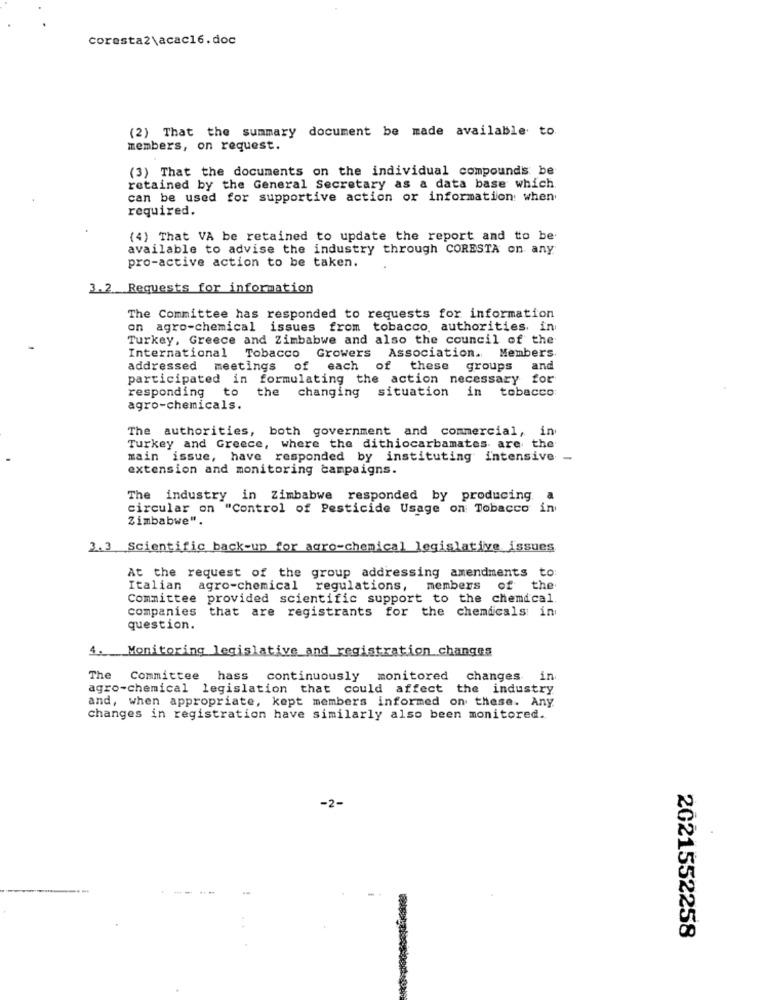
coresta2\acac16.doc
(2) That the summary document be made available to.
members, on request.
(3) That the documents on the individual compounds be
retained by the General Secretary as a data base which
can be used for supportive action or information: when
required.
(4) That VA be retained to update the report and to be
available to advise the industry through CORESTA on any
pro-active action to be taken.
3.2 Requests for information
The Committee has responded to requests for information
on agro-chemical issues from tobacco, authorities. in
Turkey, Greece and Zimbabwe and also the council of the
International Tobacco Growers Association. Members
addressed meetings of each of these groups
and
participated in formulating the action necessary for
responding to
situation in tobacco
the changing
agro-chemicals.
The authorities, both government and commercial, in
Turkey and Greece, where the dithiocarbamates are the
main issue, have responded by instituting intensive -
extension and monitoring campaigns.
The industry in Zimbabwe responded by producing.
..
circular on "Control of Pesticide Usage on Tobacco in
Zimbabwe".
3.3 Scientific back-up for agro-chemical legislative issues
At the request of the group addressing amendments to:
Italian agro-chemical regulations, members
of
the
Committee provided scientific support to the chemical
companies that are registrants for the chemicals in
question.
4. Monitoring legislative and registration changes
The Committee hass continuously monitored changes in
agro-chemical legislation that could affect the industry
and, when appropriate, kept members informed on these. Any
changes in registration have similarly also been monitored.
-2-
2021552258